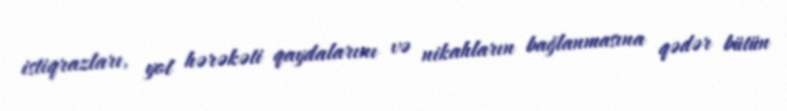
istiqrazları, yol hərəkəti qaydalarını və nikahların bağlanmasına qədər bütün